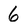
Character: 6